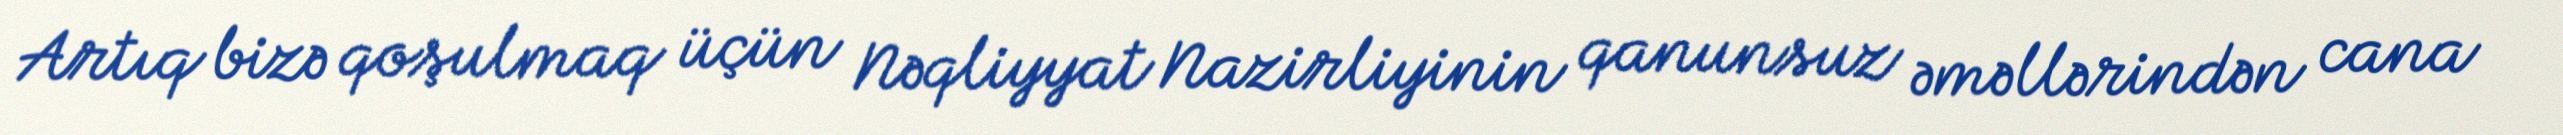
Artıq bizə qoşulmaq üçün Nəqliyyat Nazirliyinin qanunsuz əməllərindən cana